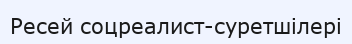
Ресей соцреалист-суретшілері